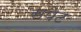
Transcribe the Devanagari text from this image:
सपेट